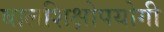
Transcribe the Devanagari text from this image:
बालशिक्षोपयोगी